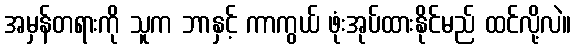
အမှန်တရားကို သူက ဘာနှင့် ကာကွယ် ဖုံးအုပ်ထားနိုင်မည် ထင်လို့လဲ။